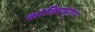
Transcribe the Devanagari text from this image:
कोयित्तम्पुरान